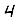
Digit: 4